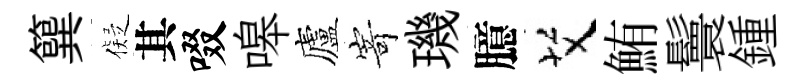
簨儗其啜嗥廬𭔃璣臆艾鮪鬟鍾